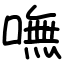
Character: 嘸